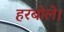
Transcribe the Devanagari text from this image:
हरबोले।